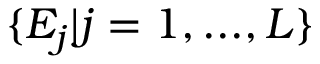
\{ E _ { j } | j = 1 , . . . , L \}